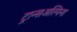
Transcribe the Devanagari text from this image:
ट्रान्सअल्पिना